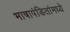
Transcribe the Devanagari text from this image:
भाषापंडितांमध्ये